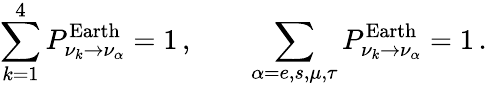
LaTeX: \sum_{k=1}^{4}P_{\nu_{k}\to\nu_{\alpha}}^{\mathrm{Earth}}=1\, ,\qquad\sum_{\alpha=e,s,\mu,\tau}P_{\nu_{k}\to\nu_{\alpha}}^{\mathrm{Earth}}=1\, .